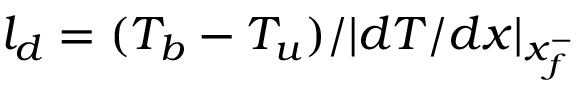
l _ { d } = ( T _ { b } - T _ { u } ) / | d T / d x | _ { x _ { f } ^ { - } }